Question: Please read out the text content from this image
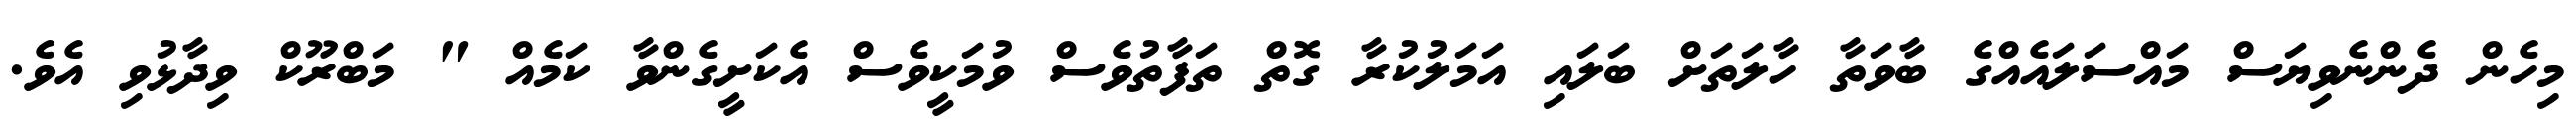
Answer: މިހެން ދެންނެވިޔަސް މައްސަލައެއްގެ ބާވަތާ ހާލަތަށް ބަލައި އަމަލުކުރާ ގޮތް ތަފާތުވެސް ވުމަކީވެސް އެކަށީގެންވާ ކަމެއް " މަބްރޫކް ވިދާޅުވި އެވެ.